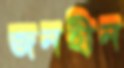
জনহীন